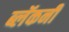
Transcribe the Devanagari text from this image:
ब्लॅकनी